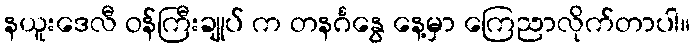
နယူးဒေလီ ဝန်ကြီးချုပ် က တနင်္ဂနွေ နေ့မှာ ကြေညာလိုက်တာပါ။